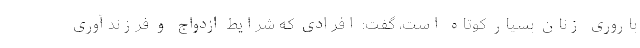
باروری زنان بسیار کوتاه است، گفت: افرادی که شرایط ازدواج و فرزندآوری